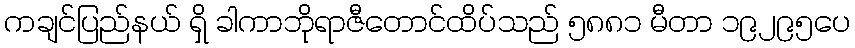
ကချင်ပြည်နယ် ရှိ ခါကာဘိုရာဇီတောင်ထိပ်သည် ၅၈၈၁ မီတာ ၁၉၂၉၅ပေ